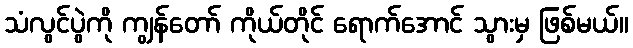
သံလွင်ပွဲကို ကျွန်တော် ကိုယ်တိုင် ရောက်အောင် သွားမှ ဖြစ်မယ်။